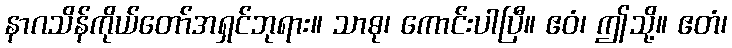
နာဂသိန်ကိုယ်တော်အရှင်ဘုရား။ သာဓု၊ ကောင်းပါပြီ။ ဧဝံ၊ ဤသို့။ ဧတံ၊